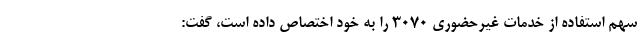
سهم استفاده از خدمات غیرحضوری ۳۰۷۰ را به خود اختصاص داده است، گفت: